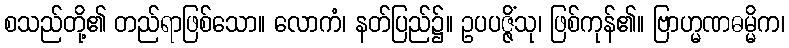
စသည်တို့၏ တည်ရာဖြစ်သော။ လောကံ၊ နတ်ပြည်၌။ ဥပပဇ္ဇိံသု၊ ဖြစ်ကုန်၏။ ဗြာဟ္မဏဓမ္မိက၊